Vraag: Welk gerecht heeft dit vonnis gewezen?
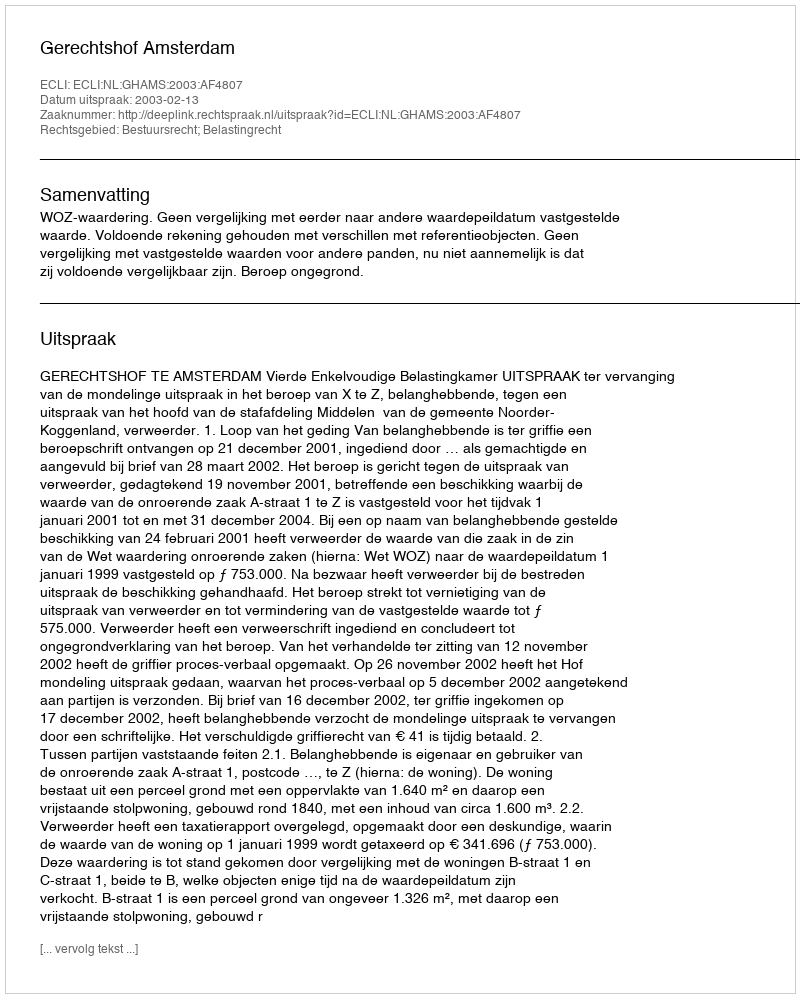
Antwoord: Gerechtshof Amsterdam